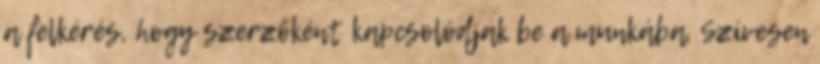
a felkérés, hogy szerzőként kapcsolódjak be a munkába. Szívesen